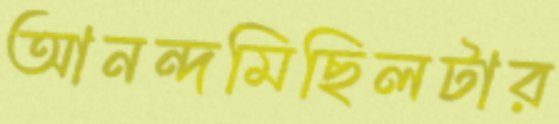
আনন্দমিছিলটার